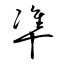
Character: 凖